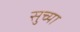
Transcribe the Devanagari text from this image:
सुच्या